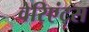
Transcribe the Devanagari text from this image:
वेरिएंट्स